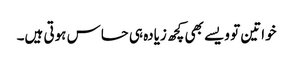
خواتین تو ویسے بھی کچھ زیادہ ہی حساس ہوتی ہیں۔